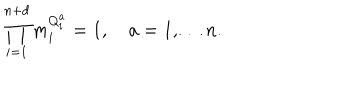
\prod _ { i = 1 } ^ { n + d } m _ { i } ^ { Q _ { i } ^ { a } } = 1 , \quad a = 1 , \ldots n .